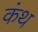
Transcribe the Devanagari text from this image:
कंथ